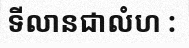
ទីលានជាលំហ :